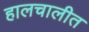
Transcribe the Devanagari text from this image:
हालचालीत